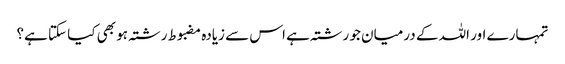
تمہارے اور اللہ کے درمیان جو رشتہ ہے اس سے زیادہ مضبوط رشتہ ہو بھی کیا سکتا ہے؟